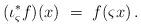
LaTeX: \begin{align*} (\iota_\varsigma^* f)(x)\ =\ f(\varsigma x)\,.\end{align*}